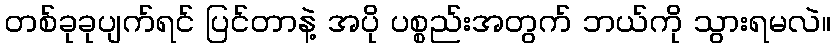
တစ်ခုခုပျက်ရင် ပြင်တာနဲ့ အပို ပစ္စည်းအတွက် ဘယ်ကို သွားရမလဲ။